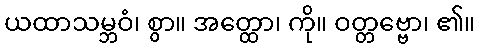
ယထာသမ္ဘဝံ၊ စွာ။ အတ္ထော၊ ကို။ ဝတ္တဗ္ဗော၊ ၏။